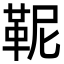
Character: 𩉹